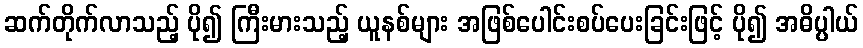
ဆက်တိုက်လာသည့် ပို၍ ကြီးမားသည့် ယူနစ်များ အဖြစ်ပေါင်းစပ်ပေးခြင်းဖြင့် ပို၍ အဓိပ္ပါယ်